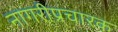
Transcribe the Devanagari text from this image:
नागरीप्रचारक